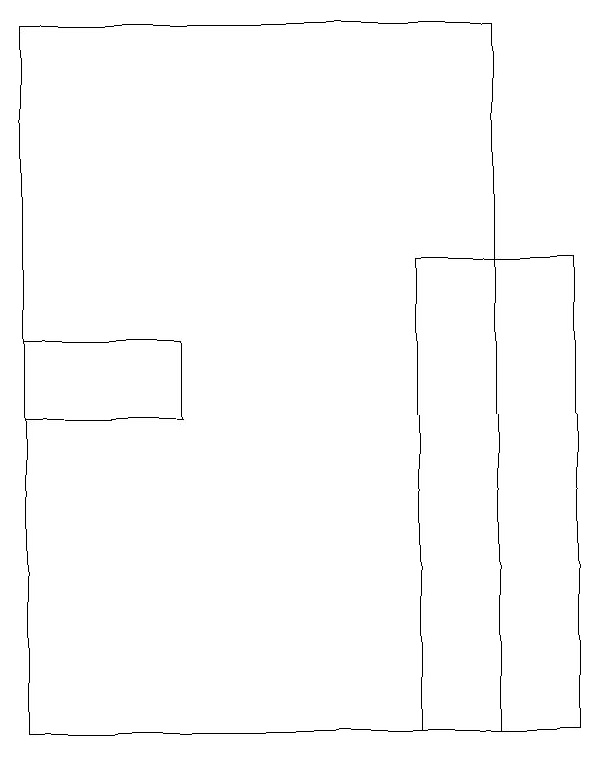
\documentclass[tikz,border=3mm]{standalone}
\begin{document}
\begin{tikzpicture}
\draw (5,16) rectangle (7,10);
\draw (0,15) rectangle (2,14);
\draw (0,10) rectangle (6,19);
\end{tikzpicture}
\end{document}